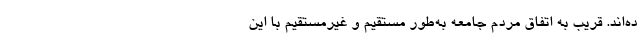
ده‌اند. قریب به اتفاق مردم جامعه به‌طور مستقیم و غیرمستقیم با این